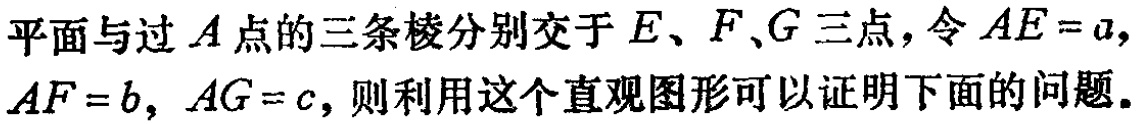
平面与过\(A\)点的三条棱分别交于\(E\)、\(F\)、\(G\)三点，令\(AE = a\)，\(AF = b\)，\(AG = c\)，则利用这个直观图形可以证明下面的问题。